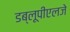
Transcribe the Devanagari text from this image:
डब्लूपीएलजे